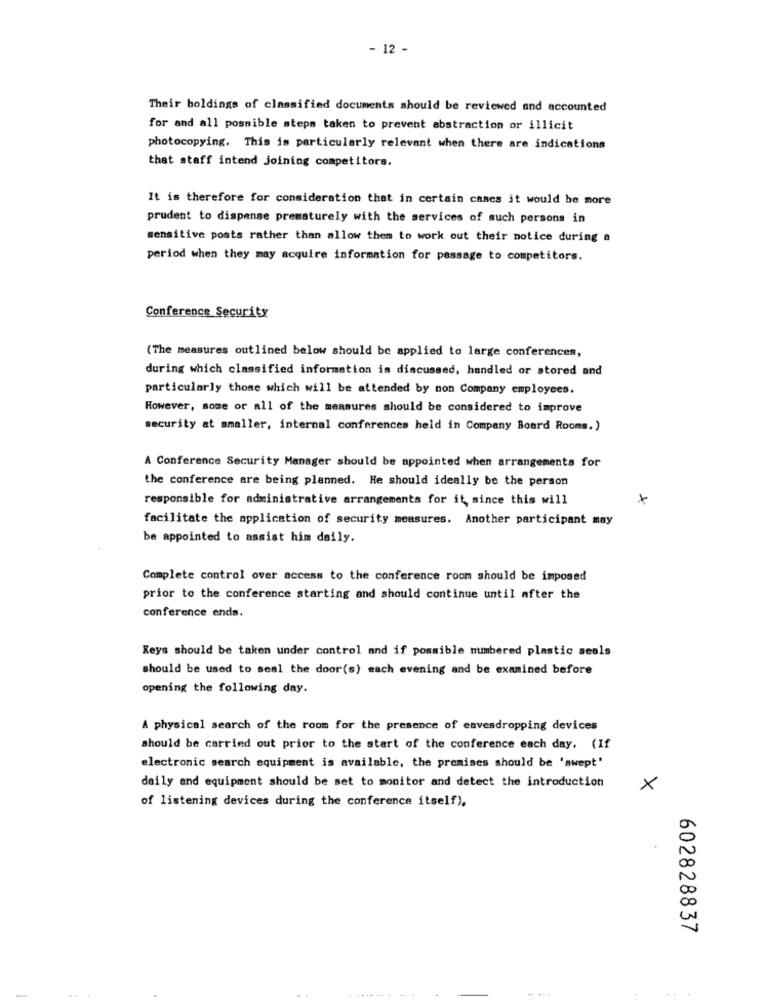
- 12 -
Their boldings of classified documents should be reviewed and accounted
for and all possible steps taken to prevent abstraction or illicit
photocopying. This is particularly relevant when there are indications
that staff intend joining competitors.
It is therefore for consideration that in certain cases it would be more
prudent to dispense prematurely with the services of such persons in
sensitive posts rather than allow them to work out their notice during a
period when they may acquire information for passage to competitors.
Conference Security
(The measures out lined below should be applied to large conferences,
during which classified information is discussed, handled or stored and
particularly those which will be attended by mon Company employees.
However, some or all of the measures should be considered to improve
security at smaller, internal conferences held in Company Board Rooms.)
A Conference Security Manager should be appointed when arrangements for
the conference are being planned. He should ideally be the person
responsible for administrative arrangements for it, since this will
facilitate the application of security measures. Another participant may
be appointed to assist him daily.
Complete control over access to the conference room should be imposed
prior to the conference starting and should continue until after the
conference ends.
Keys should be taken under control and if possible numbered plastic seals
should be used to seal the door(s) each evening and be examined before
opening the following day.
A physical search of the room for the presence of eavesdropping devices
should be carried out prior to the start of the conference each day. (If
electronic search equipment is available, the premises should be 'swept'
daily and equipment should be set to monitor and detect the introduction
×
of listening devices during the conference itself),
602828837